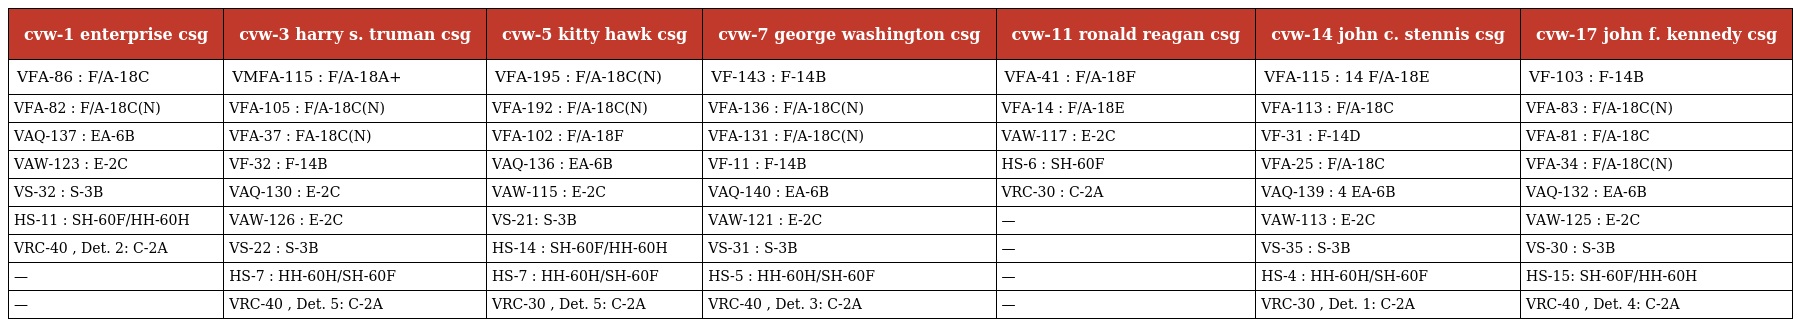
| cvw-1 enterprise csg | cvw-3 harry s. truman csg | cvw-5 kitty hawk csg | cvw-7 george washington csg | cvw-11 ronald reagan csg | cvw-14 john c. stennis csg | cvw-17 john f. kennedy csg |
 | --- | --- | --- | --- | --- | --- | --- |
 | VFA-86 : F/A-18C | VMFA-115 : F/A-18A+ | VFA-195 : F/A-18C(N) | VF-143 : F-14B | VFA-41 : F/A-18F | VFA-115 : 14 F/A-18E | VF-103 : F-14B |
 | VFA-82 : F/A-18C(N) | VFA-105 : F/A-18C(N) | VFA-192 : F/A-18C(N) | VFA-136 : F/A-18C(N) | VFA-14 : F/A-18E | VFA-113 : F/A-18C | VFA-83 : F/A-18C(N) |
 | VAQ-137 : EA-6B | VFA-37 : FA-18C(N) | VFA-102 : F/A-18F | VFA-131 : F/A-18C(N) | VAW-117 : E-2C | VF-31 : F-14D | VFA-81 : F/A-18C |
 | VAW-123 : E-2C | VF-32 : F-14B | VAQ-136 : EA-6B | VF-11 : F-14B | HS-6 : SH-60F | VFA-25 : F/A-18C | VFA-34 : F/A-18C(N) |
 | VS-32 : S-3B | VAQ-130 : E-2C | VAW-115 : E-2C | VAQ-140 : EA-6B | VRC-30 : C-2A | VAQ-139 : 4 EA-6B | VAQ-132 : EA-6B |
 | HS-11 : SH-60F/HH-60H | VAW-126 : E-2C | VS-21: S-3B | VAW-121 : E-2C | — | VAW-113 : E-2C | VAW-125 : E-2C |
 | VRC-40 , Det. 2: C-2A | VS-22 : S-3B | HS-14 : SH-60F/HH-60H | VS-31 : S-3B | — | VS-35 : S-3B | VS-30 : S-3B |
 | — | HS-7 : HH-60H/SH-60F | HS-7 : HH-60H/SH-60F | HS-5 : HH-60H/SH-60F | — | HS-4 : HH-60H/SH-60F | HS-15: SH-60F/HH-60H |
 | — | VRC-40 , Det. 5: C-2A | VRC-30 , Det. 5: C-2A | VRC-40 , Det. 3: C-2A | — | VRC-30 , Det. 1: C-2A | VRC-40 , Det. 4: C-2A |